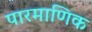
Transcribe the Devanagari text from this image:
पारमाणिक